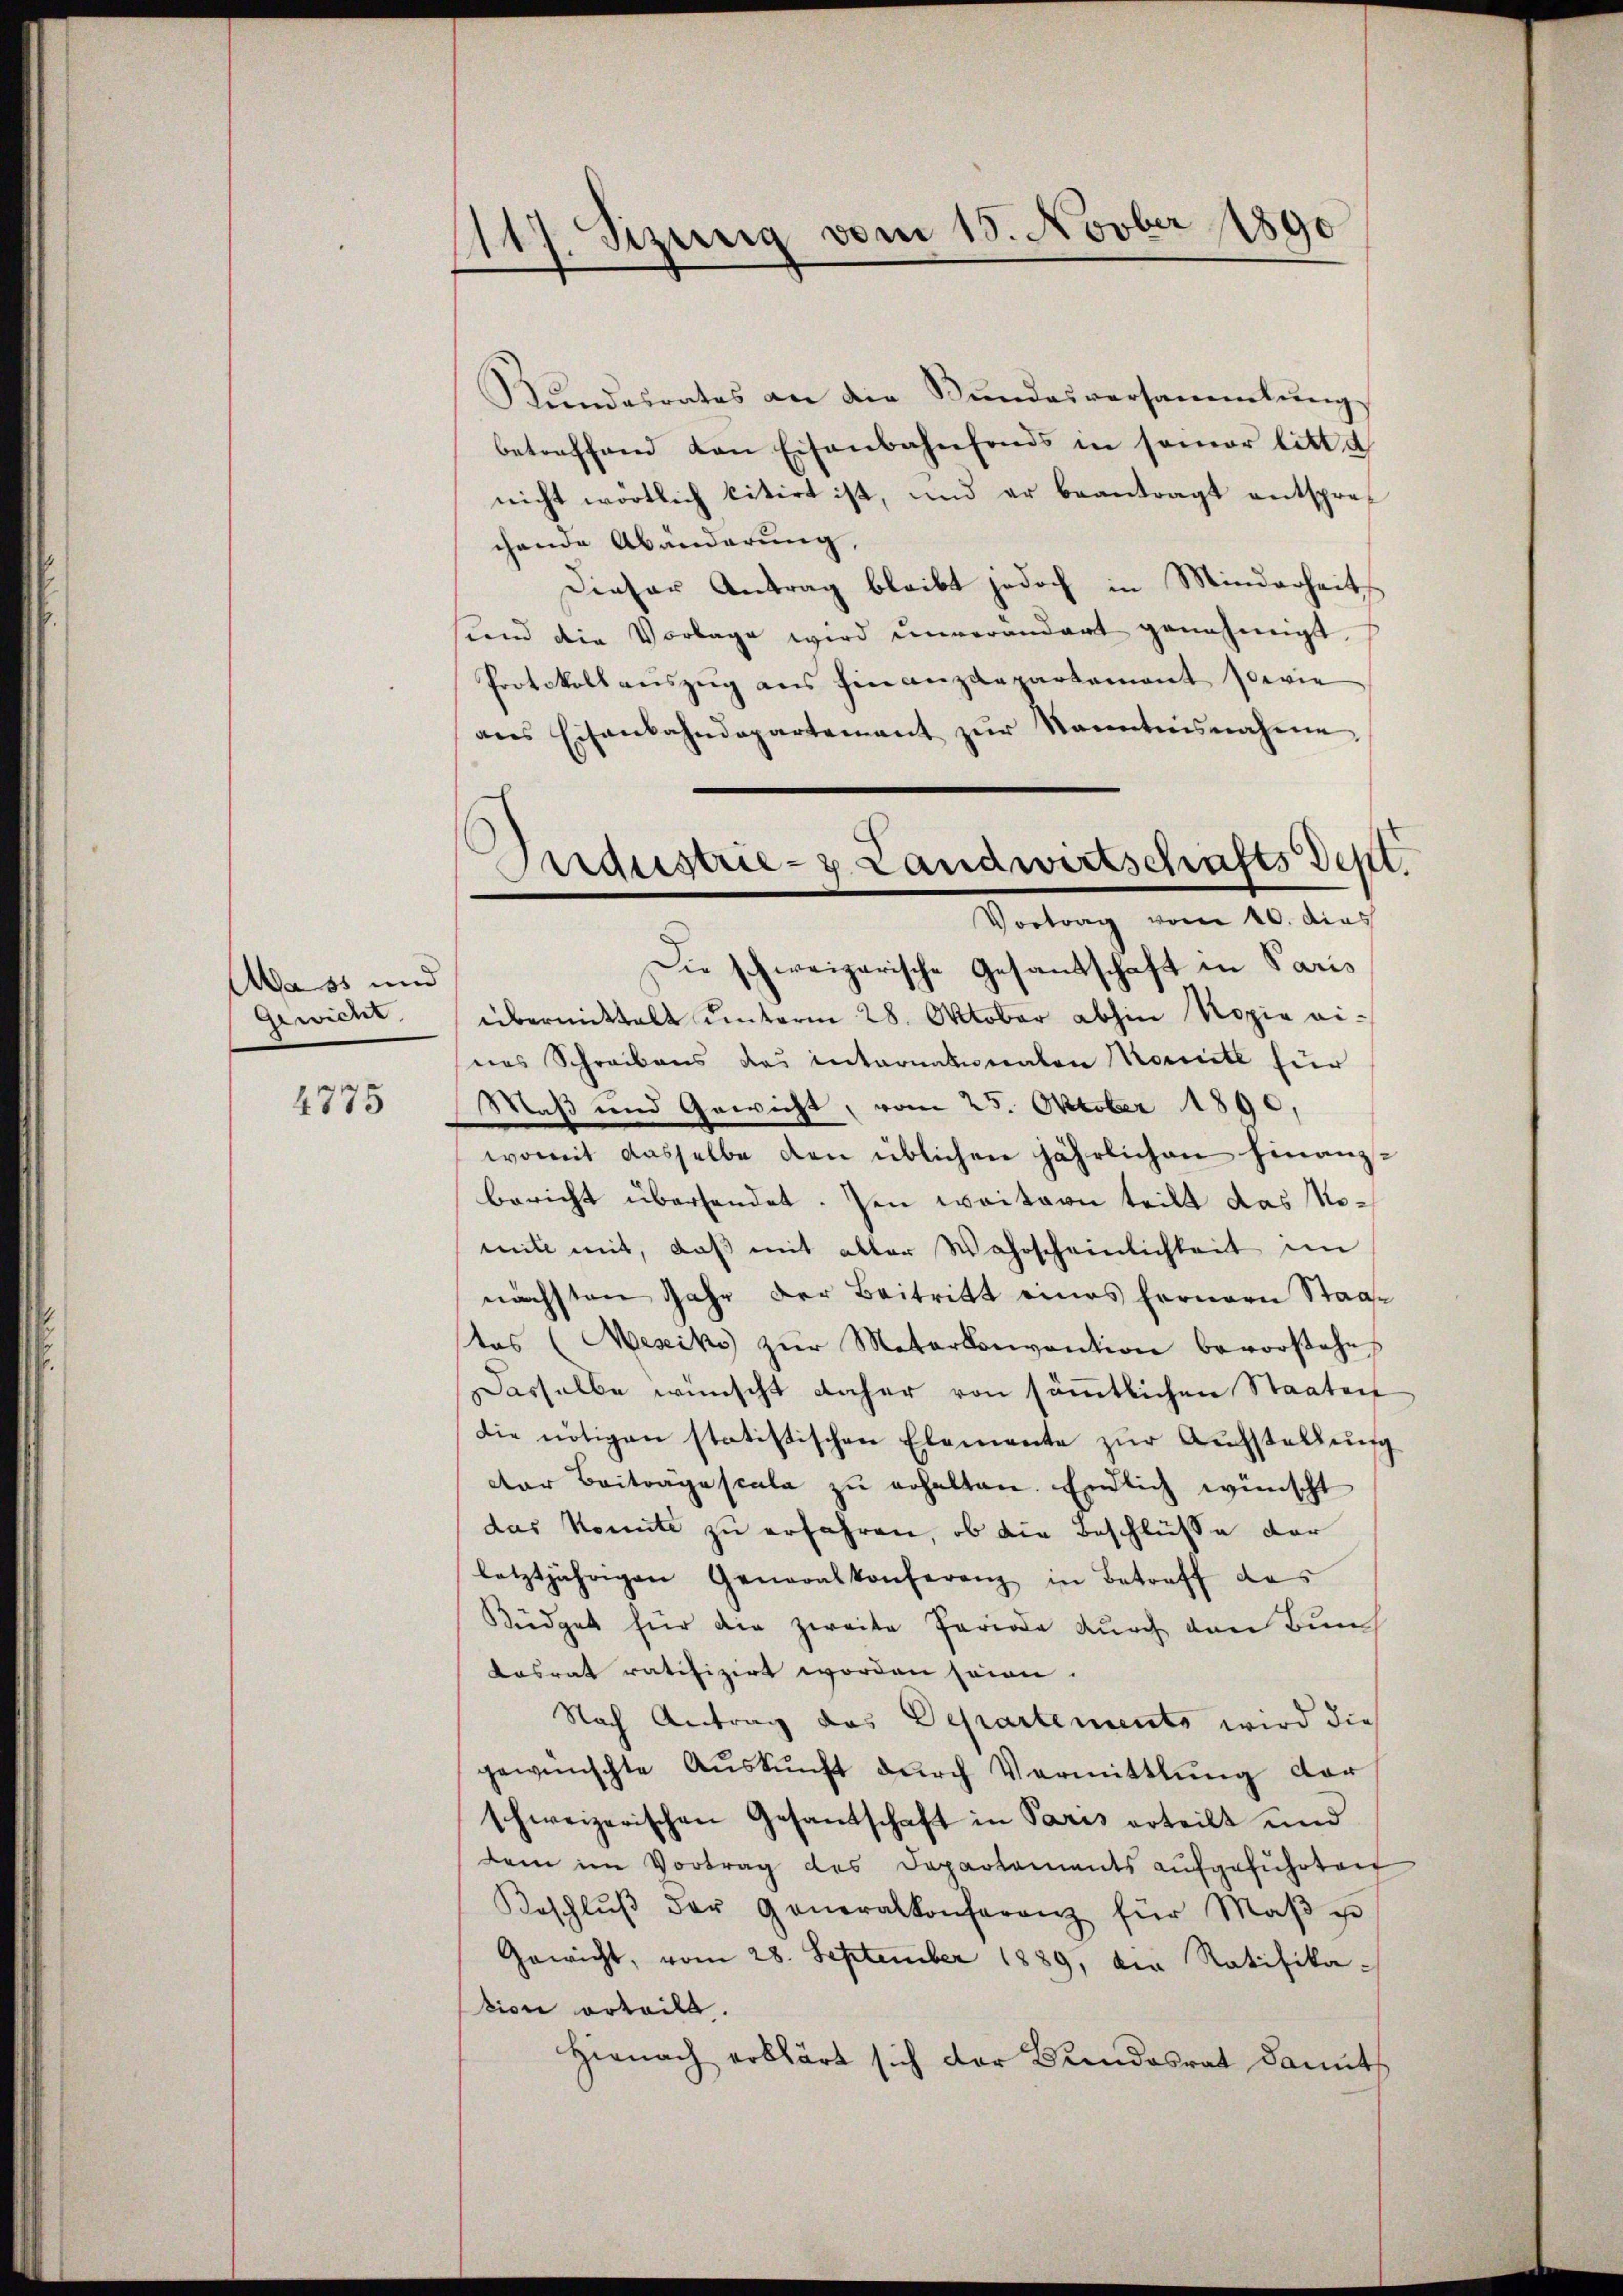
Mass und
Gewicht.

4775

117. Sizung vom 15. Novber 1890
¬

Rŭndesrates an die Bŭndesversammlung
betreffend von Eisenbahnfonds in samer litt a
nicht wörtlich citirt ist, und er beantragt entsprechende Abänderung,
Dieser Antrag bleibt jedoch in Minderheit
siend die Vorlage wird ŭnverändert genehmigt.
Protokoll aŭszŭg ans hinanzdepartement seie
ans Eisenbahndepartement zŭr Nanntnisnahme

Andustrie- & Landwirtschafts Dekt.
Vortrag vom 10. dies

Die schweizerische Gesandschaft in Paris
übermittalt unterm 28. Oktober abhin Kopie eieas Schreibens des internatenten Komite für
Maß und Gewicht, vom 25. Oktober 1890,
womit dasselbe den üblichen jährlichen Finanzbericht überhandet. Den weitern teilt das Nomite mit, daβ mit aller Wahrscheinlichkeit im
nächsten Jahr der Beitritt eines fernern Staat
tas (Mesiko zŭr Meterkonvention bevorstehe
Dasselbe wünscht daher von sämmtlichen Staaten
die nötigen statistischen Elemente zur Aufstellung
der Beitragescala zŭ erhalten. Endlich wünscht
das Komite zu erfahren, ob die Beschlüsse der
letztjährigen Generalkonferenz in Betreff das
Büdget für die zweite Periode durch den Bun
Kasrat ratifizirt worden seien.
Nach Antrag das Departements wird dies
gewünschte Aŭskŭnft dŭrch Vermittlung der
schweizerischen Gesandschaft in Paris erteilt und
dem im Vortrag des Departements aufgeführten
Beschlŭβ der Generalkonferenz für Maβ u
Gewicht, vom 28. September 1889, die Ratifikation erteilt.
Hienach erklärt sich der Bundesrat damit